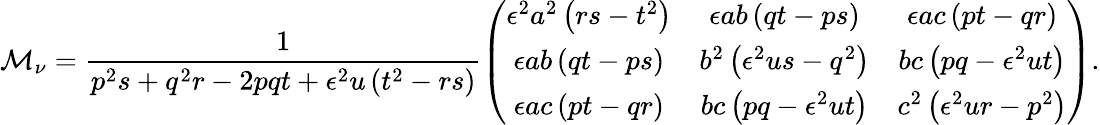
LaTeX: {\cal M}_{\nu}=\frac{1}{p^{2}s+q^{2}r-2pqt+\epsilon^{2}u\left(t^{2}-rs\right)}\left(\begin{array}{ccc}{{\epsilon^{2}a^{2}\left(rs-t^{2}\right)}}&{{\epsilon ab\left(qt-ps\right)}}&{{\epsilon ac\left(pt-qr\right)}}\\ {{\epsilon ab\left(qt-ps\right)}}&{{b^{2}\left(\epsilon^{2}us-q^{2}\right)}}&{{bc\left(pq-\epsilon^{2}ut\right)}}\\ {{\epsilon ac\left(pt-qr\right)}}&{{bc\left(pq-\epsilon^{2}ut\right)}}&{{c^{2}\left(\epsilon^{2}ur-p^{2}\right)}}\end{array}\right).